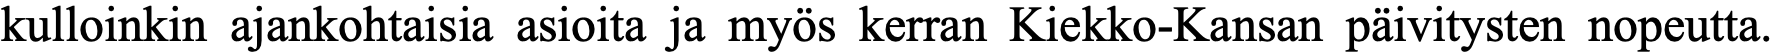
kulloinkin ajankohtaisia asioita ja myös kerran Kiekko-Kansan päivitysten nopeutta.